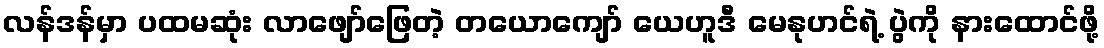
လန်ဒန်မှာ ပထမဆုံး လာဖျော်ဖြေတဲ့ တယောကျော် ယေဟူဒီ မေနုဟင်ရဲ့ ပွဲကို နားထောင်ဖို့